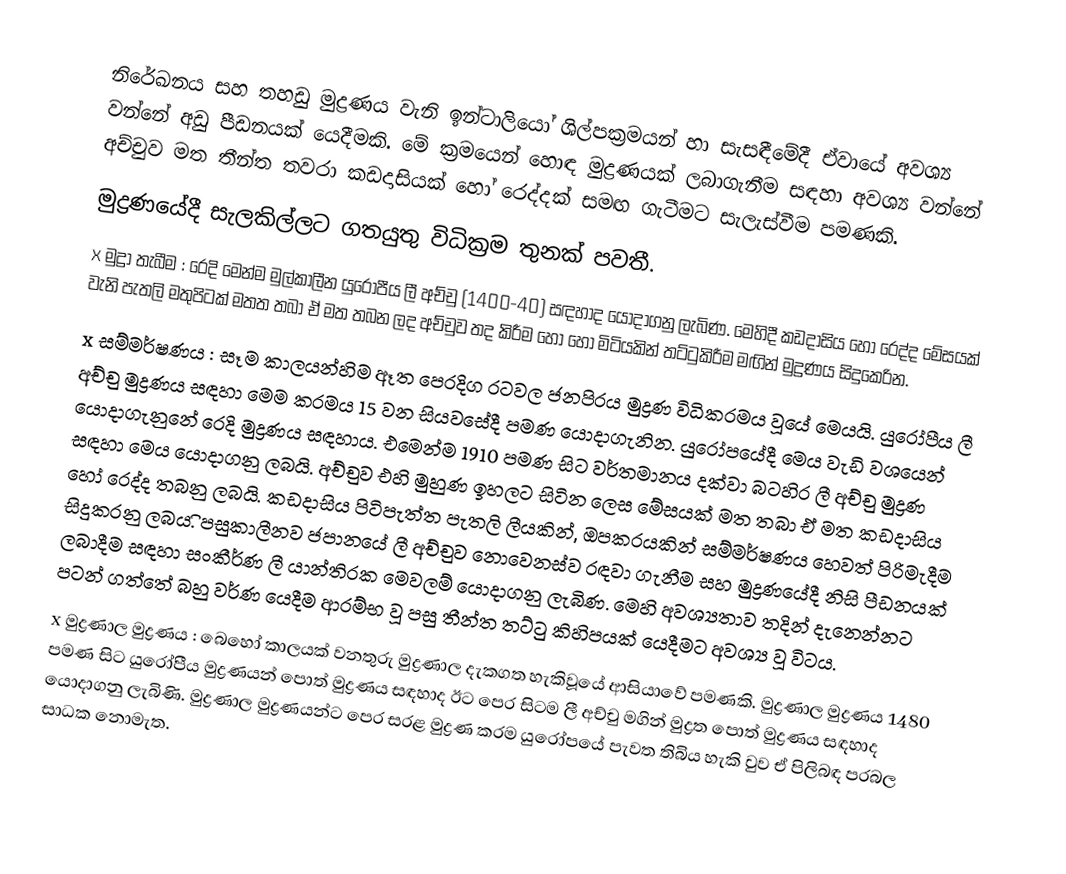
නිරේඛනය සහ තහඩු මුද්‍රණය වැනි ඉන්ටාලියෝ ශිල්පක‍්‍රමයන් හා සැසඳීමේදී ඒවායේ අවශ්‍ය වන්නේ අඩු පීඩනයක් යෙදීමකි. මේ ක‍්‍රමයෙන් හොඳ මුද්‍රණයක් ලබාගැනීම සඳහා අවශ්‍ය වන්නේ අච්චුව මත  තීන්ත තවරා කඩදාසියක් හෝ රෙද්දක් සමඟ ගැටීමට සැලැස්වීම පමණකි.
මුද්‍රණයේදී සැලකිල්ලට ගතයුතු විධික‍්‍රම තුනක් පවතී.
x	මුද්‍රා තැබීම : රෙදි මෙන්ම මුල්කාලීන යුරෝපීය ලී අච්චු (1400-40) සඳහාද යොදාගනු ලැබිණ. මෙහිදී කඩදාසිය හෝ රෙද්ද මේසයක් වැනි පැතලි මතුපිටක් මතත තබා ඒ මත තබන ලද අච්චුව තද කිරීම හෝ හෝ මිටියකින් තට්ටුකිරීම මඟින් මුද්‍රණය සිදුකෙරින.
x	සම්මර්ෂණය : සෑම කාලයන්හිම ඈත පෙරදිග රටවල ජනපි‍්‍රය මුද්‍රණ විධික‍්‍රමය වූයේ මෙයයි. යුරෝපීය ලී අච්චු මුද්‍රණය සඳහා මෙම ක‍්‍රමය 15 වන සියවසේදී පමණ යොදාගැනින. යුරෝපයේදී මෙය වැඩි වශයෙන් යොදාගැනුනේ රෙදි මුද්‍රණය සඳහාය. එමෙන්ම 1910 පමණ සිට වර්තමානය දක්වා බටහිර ලී අච්චු මුද්‍රණ සඳහා මෙය යොදාගනු ලබයි. අච්චුව එහි මුහුණ ඉහලට සිටින ලෙස මේසයක් මත තබා ඒ මත කඩදාසිය හෝ රෙද්ද තබනු ලබයි. කඩදාසිය පිටිපැත්ත පැතලි ලීයකින්, ඔපකරයකින් සම්මර්ෂණය හෙවත් පිරිමැදීම සිදුකරනු ලබය.ි පසුකාලීනව ජපානයේ ලී අච්චුව නොවෙනස්ව රඳවා ගැනීම සහ මුද්‍රණයේදී නිසි පීඩනයක් ලබාදීම සඳහා සංකීර්ණ ලී යාන්ති‍්‍රක මෙවලම් යොදාගනු ලැබිණ. මෙහි අවශ්‍යතාව තදින් දැනෙන්නට පටන් ගත්තේ බහු වර්ණ යෙදීම ආරම්භ වූ පසු තීන්ත තට්ටු කිහිපයක් යෙදීමට අවශ්‍ය වූ විටය.
x	මුද්‍රණාල මුද්‍රණය : බෙහෝ කාලයක් වනතුරු මුද්‍රණාල දැකගත හැකිවූයේ ආසියාවේ පමණකි. මුද්‍රණාල මුද්‍රණය 1480 පමණ සිට යුරෝපීය මුද්‍රණයන් පොත් මුද්‍රණය සඳහාද ඊට පෙර සිටම ලී අච්චු මගින් මුද්‍රත පොත් මුද්‍රණය සඳහාද යොදාගනු ලැබිණි. මුද්‍රණාල මුද්‍රණයන්ට පෙර සරළ මුද්‍රණ ක‍්‍රම යුරෝපයේ පැවත තිබිය හැකි වුව ඒ පිලිබඳ ප‍්‍රබල සාධක නොමැත.